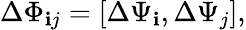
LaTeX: \Delta\Phi_{\mathbf{i}j}=[\Delta\Psi_{\mathbf{i}},\Delta\Psi_{j}],